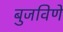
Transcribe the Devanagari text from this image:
बुजविणे